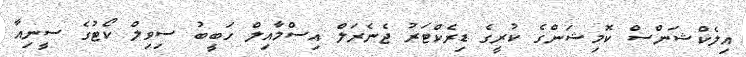
އިލެކްޝަންސް ކޮމިޝަންގެ ކުރީގެ ޑިރެކްޓަރު ޖެނެރަލް އިސްމާއިލް ހަބީބު ސިވިލް ކޯޓުގެ ސީނިއާ